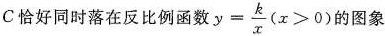
C恰好同时落在反比例函数 $$y = \frac { k } { x } ( x > 0 )$$ 的图象